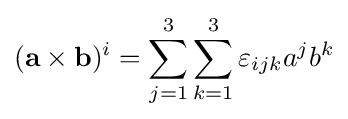
(\mathbf {a\times b} )^{i}=\sum _{j=1}^{3}\sum _{k=1}^{3}\varepsilon _{ijk}a^{j}b^{k}